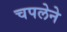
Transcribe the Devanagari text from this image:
चपलेने